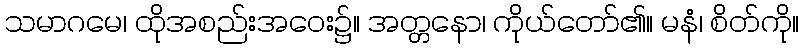
သမာဂမေ၊ ထိုအစည်းအဝေး၌။ အတ္တနော၊ ကိုယ်တော်၏။ မနံ၊ စိတ်ကို။